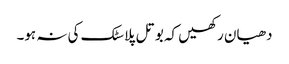
دھیان رکھیں کہ بوتل پلاسٹک کی نہ ہو۔